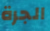
الجرة